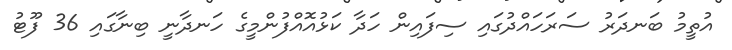
އުތީމު ބަނދަރު ސަރަހައްދުގައި ސިފައިން ހަދާ ކަޅުއޮއްފުންމީގެ ހަނދާނީ ބިނާގައި 36 ފޫޓު